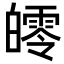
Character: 𤾨